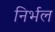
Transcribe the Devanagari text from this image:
निर्भल